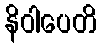
နိဝါပေတိ